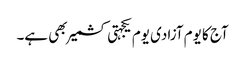
آج کا یوم آزادی یوم یکجہتی کشمیر بھی ہے۔